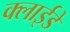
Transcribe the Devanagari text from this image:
क्लाईडे